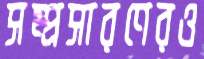
সম্প্রসারণেরও